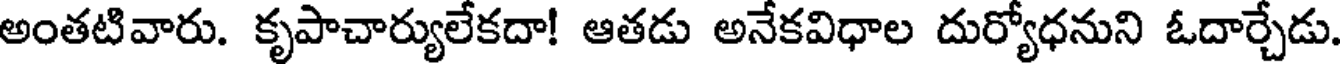
అంతటివారు. కృపాచార్యులేకదా! ఆతడు అనేకవిధాల దుర్యోధనుని ఓదార్చేడు.